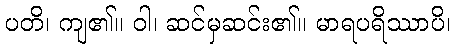
ပတိ၊ ကျ၏။ ဝါ၊ ဆင်မှဆင်း၏။ မာရပရိဿာပိ၊